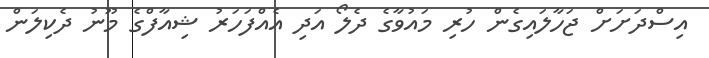
އިސްދަށަށް ޖަހާލައިގެން ހުރި މައުވާގެ ދެލޯ އަދި އެއްފަހަރު ޝިއާފްގެ މޫނު ދެކިލަން